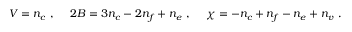
V = n _ { c } \ , \ \ \ \ 2 B = 3 n _ { c } - 2 n _ { f } + n _ { e } \ , \ \ \ \ \chi = - n _ { c } + n _ { f } - n _ { e } + n _ { v } \ .